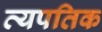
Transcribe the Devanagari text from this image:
व्यपतिक